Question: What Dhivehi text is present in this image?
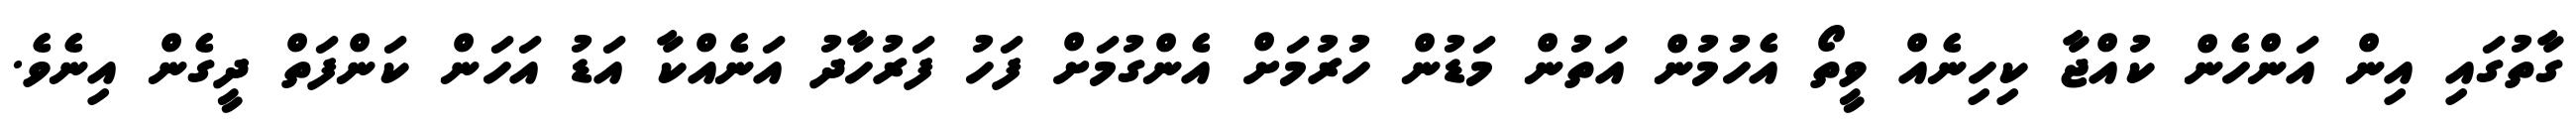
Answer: ގާތުގައި އިން އަންހެން ކުއްޖާ ކިހިނެއް ވީތޯ އެހުމުން އަތުން މަޑުން ހުރުމަށް އެންގުމަށް ފަހު ފަރުހާދު އަނެއްކާ އަޑު އަހަން ކަންފަތް ދީގެން އިނެވެ.